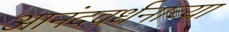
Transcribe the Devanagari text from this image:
आनंदवर्धनाच्या